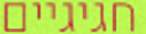
חגיגיים